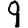
Digit: 9